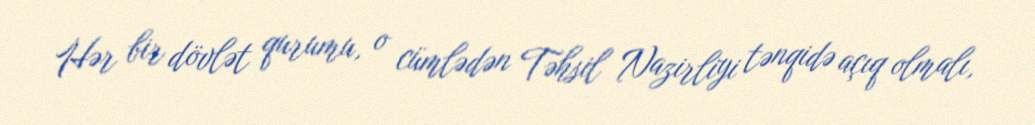
Hər bir dövlət qurumu, o cümlədən Təhsil Nazirliyi tənqidə açıq olmalı,